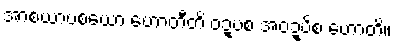
အာစယာပစယော ဟောတီတိ ဝဍ္ဎစ အဝဍ္ဎိစ ဟောတိ။